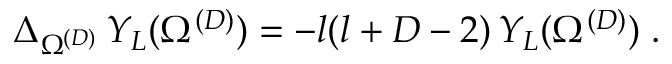
\Delta _ { \Omega ^ { ( { D } ) } } \, Y _ { L } ( \Omega ^ { ( { D } ) } ) = - l ( l + D - 2 ) \, Y _ { L } ( \Omega ^ { ( { D } ) } ) \; .